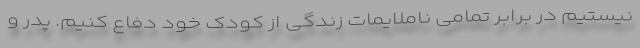
نیستیم در برابر تمامی ناملایمات زندگی از کودک خود دفاع کنیم. پدر و